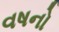
વષનો